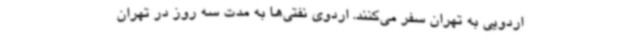
اردویی به تهران سفر می‌کنند. اردوی نفتی‌ها به مدت سه روز در تهران